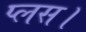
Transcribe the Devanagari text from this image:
प्लस।